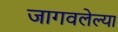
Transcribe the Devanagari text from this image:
जागवलेल्या